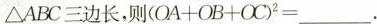
△ABC三边长，则$$( O A + O B + O C ) ^ { 2 } = _ _ _$$.